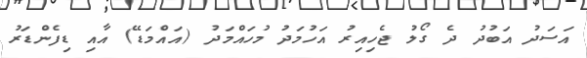
އަސަދު އަބުދު ދެ ގޯލު ޖެހިއިރު އަހުމަދު މުހައްމަދު (އައްމަޑޭ) އާއި ޑިފެންޑަރު